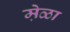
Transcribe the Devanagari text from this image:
मे़ळा